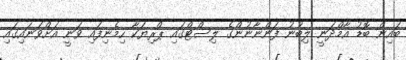
ބައިން ބޮޑު އާމްދަނީ ލިބުނު ފަންނާނުންގެ ލިސްޓްގައި ޕްރިޔަކާ ހިމެނިފައި ވަނީ އަށްވަނައިގައި